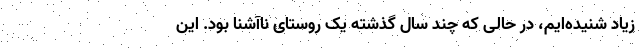
زیاد شنیده‌ایم، در حالی که چند سال گذشته یک روستای ناآشنا بود. این